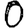
Digit: 0